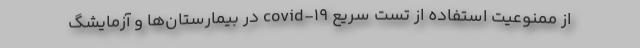
از ممنوعیت استفاده از تست سریع covid-۱۹ در بیمارستان‌ها و آزمایشگ